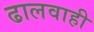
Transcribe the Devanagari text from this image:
ढालवाही